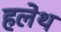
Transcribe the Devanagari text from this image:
हलेथ